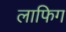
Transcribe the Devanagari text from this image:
लाफिग